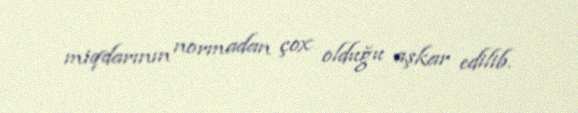
miqdarının normadan çox olduğu aşkar edilib.